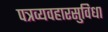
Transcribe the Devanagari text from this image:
पत्रव्यवहारसुविधा